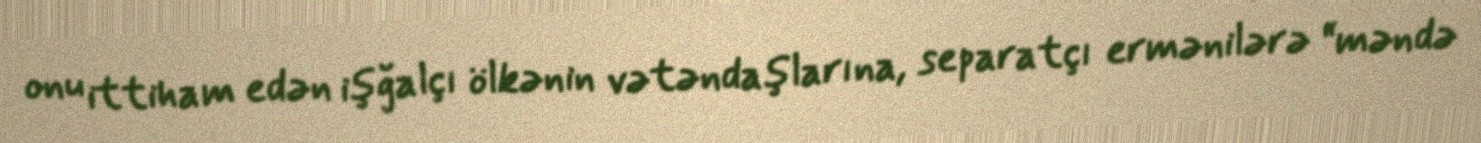
onu ittiham edən işğalçı ölkənin vətəndaşlarına, separatçı ermənilərə “məndə